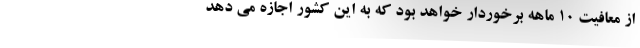
از معافیت ۱۰ ماهه برخوردار خواهد بود که به این کشور اجازه می دهد